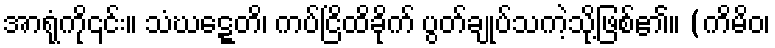
အာရုံကို၎င်း။ သံဃဋ္ဋေတိ၊ ကပ်ငြိထိခိုက် ပွတ်ချုပ်သကဲ့သို့ဖြစ်၏။ (ကိမိဝ၊